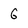
Character: 6